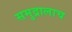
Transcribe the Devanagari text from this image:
समुद्रालाच